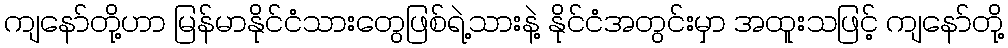
ကျနော်တို့ဟာ မြန်မာနိုင်ငံသားတွေဖြစ်ရဲ့သားနဲ့ နိုင်ငံအတွင်းမှာ အထူးသဖြင့် ကျနော်တို့